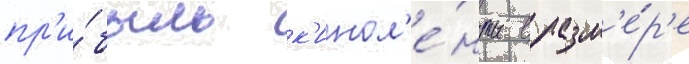
пр'и́быль к'инол'е́нты в разм'е́р'е